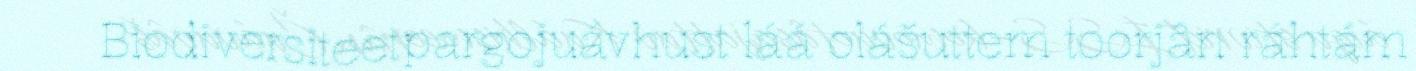
Biodiversiteetpargojuávhust láá olášuttem toorjân ráhtám